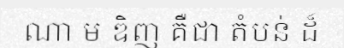
ណា ម ឌិញ គឺជា តំបន់ ដ៏